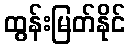
ထွန်းမြတ်နိုင်